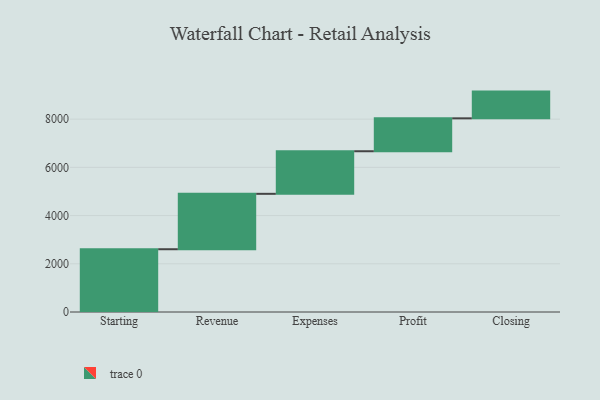
{"axis": {"x": "Step", "y": "Value"}, "legend": [""], "data": [{"x": "Starting", "y": 2604.0, "type": ""}, {"x": "Revenue", "y": 2298.0, "type": ""}, {"x": "Expenses", "y": 1767.0, "type": ""}, {"x": "Profit", "y": 1365.0, "type": ""}, {"x": "Closing", "y": 1109.0, "type": ""}]}